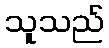
သူသည်